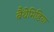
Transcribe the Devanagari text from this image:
बैंथेमिडिया